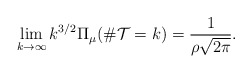
\begin{align*} \lim_{k\to\infty} k^{3/2}\Pi_\mu(\#\mathcal{T}= k)= \frac{1}{\rho\sqrt{2\pi}}.\end{align*}